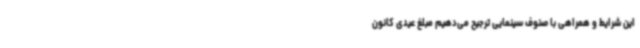
این شرایط و همراهی با صنوف سینمایی ترجیح می‌دهیم مبلغ عیدی کانون